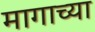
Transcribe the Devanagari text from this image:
मागाच्या